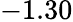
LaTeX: -1.30